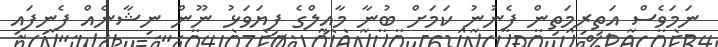
ނަމަވެސް އަތިރިމަތިން ފެނުނު ކަމަށް ބުނާ މާއިލްގެ ފިޔަވަޅު ނޫން ނިޝާނެއް ފެނިފައި